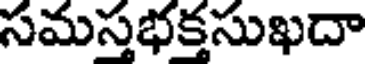
సమస్తభక్తసుఖదా